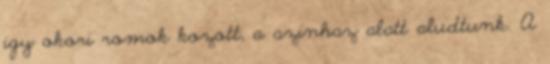
igy okori romok kozott, a szinhaz alatt aludtunk. A